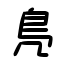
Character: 鳬